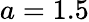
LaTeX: a=1.5